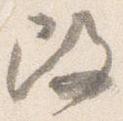
改